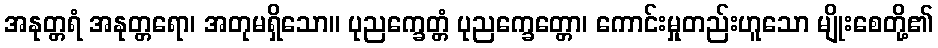
အနုတ္တရံ အနုတ္တရော၊ အတုမရှိသော။ ပုညက္ခေတ္တံ ပုညက္ခေတ္တော၊ ကောင်းမှုတည်းဟူသော မျိုးစေတို့၏